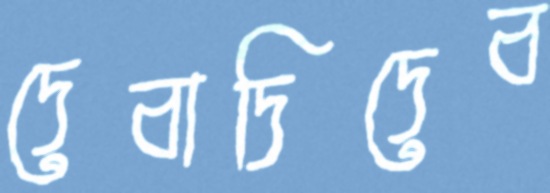
দেবাদিদেব